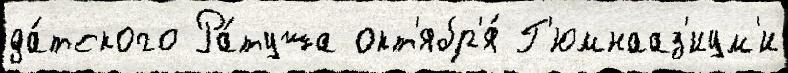
да́тского Ра́туша окт'ябр'я́ Г'юмнааз'иум'и